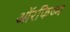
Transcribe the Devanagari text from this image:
ऑरफिज्म